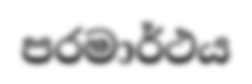
පරමාර්ථය